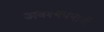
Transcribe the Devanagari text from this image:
अवश्यमभावी